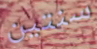
سنتين